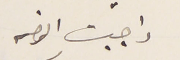
واجبت الرضه